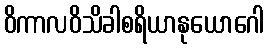
ဝိကာလဝိသိခါစရိယာနုယောဂေါ